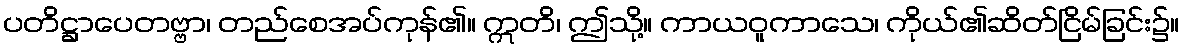
ပတိဋ္ဌာပေတဗ္ဗာ၊ တည်စေအပ်ကုန်၏။ ဣတိ၊ ဤသို့။ ကာယဝူကာသေ၊ ကိုယ်၏ဆိတ်ငြိမ်ခြင်း၌။